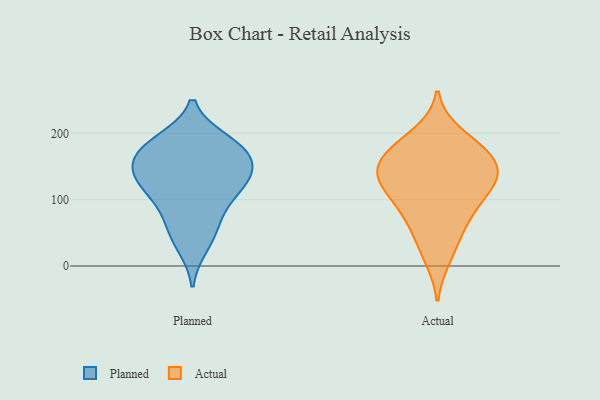
{"axis": {"x": "Energy Usage (MWh)", "y": "Value"}, "legend": ["Actual", "Planned"], "data": [{"x": "", "y": 70, "type": "Planned"}, {"x": "", "y": 113, "type": "Planned"}, {"x": "", "y": 177, "type": "Planned"}, {"x": "", "y": 133, "type": "Planned"}, {"x": "", "y": 186, "type": "Planned"}, {"x": "", "y": 55, "type": "Planned"}, {"x": "", "y": 105, "type": "Planned"}, {"x": "", "y": 31, "type": "Planned"}, {"x": "", "y": 158, "type": "Planned"}, {"x": "", "y": 121, "type": "Planned"}, {"x": "", "y": 148, "type": "Planned"}, {"x": "", "y": 172, "type": "Planned"}, {"x": "", "y": 142, "type": "Planned"}, {"x": "", "y": 188, "type": "Planned"}, {"x": "", "y": 163, "type": "Actual"}, {"x": "", "y": 132, "type": "Actual"}, {"x": "", "y": 82, "type": "Actual"}, {"x": "", "y": 132, "type": "Actual"}, {"x": "", "y": 136, "type": "Actual"}, {"x": "", "y": 165, "type": "Actual"}, {"x": "", "y": 72, "type": "Actual"}, {"x": "", "y": 131, "type": "Actual"}, {"x": "", "y": 94, "type": "Actual"}, {"x": "", "y": 170, "type": "Actual"}, {"x": "", "y": 13, "type": "Actual"}, {"x": "", "y": 180, "type": "Actual"}, {"x": "", "y": 198, "type": "Actual"}, {"x": "", "y": 122, "type": "Actual"}, {"x": "", "y": 41, "type": "Actual"}]}